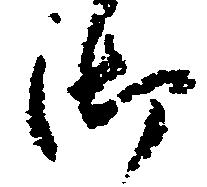
御